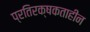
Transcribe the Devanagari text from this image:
प्रतिरक्षकताहीन